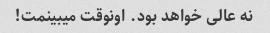
نه عالی خواهد بود. اونوقت میبینمت!